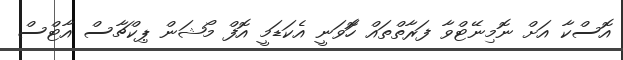
އޮސްކާ އަށް ނޮމިނޭޓްވާ ފަރާތްތައް ހޮަވަނީ އެކަޑަމީ އޮފް މޯޝަން ޕިކްޗާސް އާޓްސް